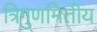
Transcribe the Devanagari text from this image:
त्रिगुणमितीय